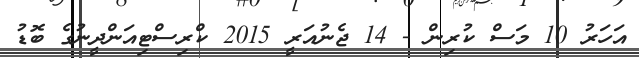
އަހަރު 10 މަސް ކުރިން - 14 ޖެނުއަރީ 2015 ކްރިސްޓިއަންދީނުގެ ބޮޑު